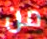
من